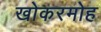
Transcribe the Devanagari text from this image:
खोकरमोह